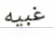
غبيه